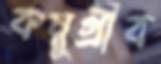
কম্বুগ্রীব